Indian journal of veterinary science and animal husbandry - Volume 6,
Year: 1936
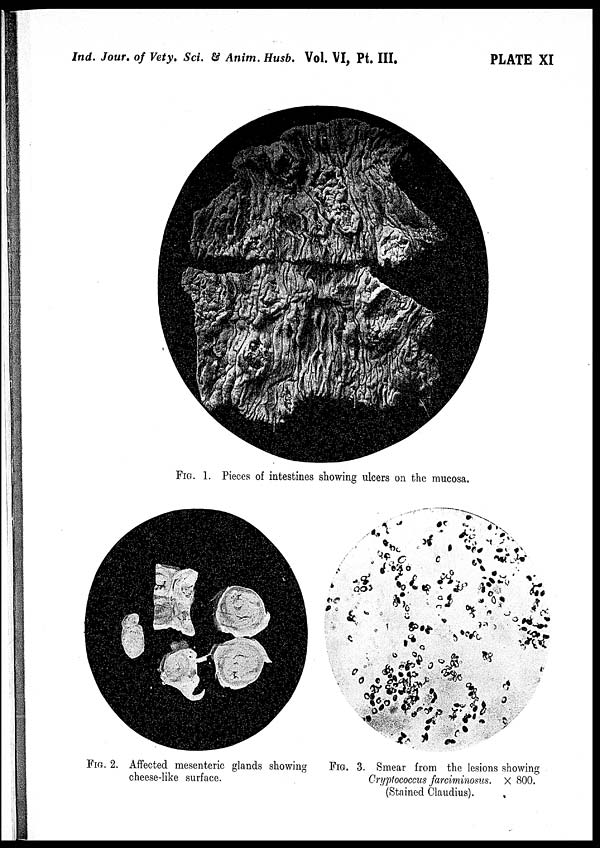
Ind. Jour. of Vety. Sci. & Anim. Husb. Vol. VI, Pt. III.
PLATE XI
FIG. 1. Pieces of intestines showing ulcers on the mucosa.
FIG. 2. Affected mesenteric glands showing
cheese-like surface.
FIG. 3. Smear from the lesions showing
Cryptococcus farciminosus. × 800.
(Stained Claudius).